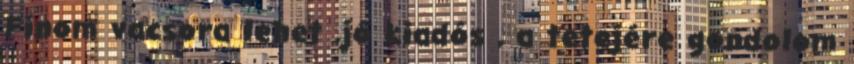
Finom vacsora lehet ,jó kiadós , a tetejére gondolom